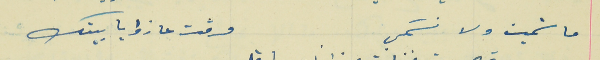
ما شميت ولا نسَمي                                               مرقت عا زوايا بيتك